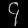
Digit: ၄